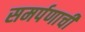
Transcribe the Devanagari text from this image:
समर्पणाची